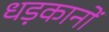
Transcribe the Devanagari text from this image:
धड़कानों